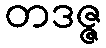
တဒဇ္ဇ